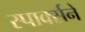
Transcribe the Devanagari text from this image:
स्पार्क्‍सने